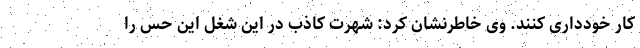
کار خودداری کنند. وی خاطرنشان کرد: شهرت کاذب‌ در این شغل این حس را